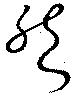
然